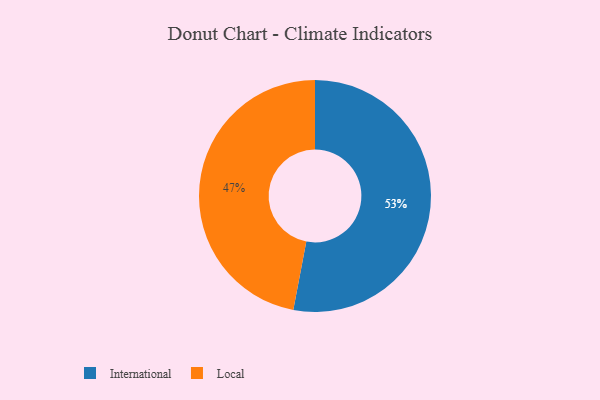
{"axis": {"x": "Category", "y": "Percentage"}, "legend": ["International", "Local"], "data": [{"x": "International", "y": 53, "type": "International"}, {"x": "Local", "y": 47, "type": "Local"}]}